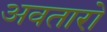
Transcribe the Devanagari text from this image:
अवतारो